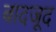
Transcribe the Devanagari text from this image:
बादजूद